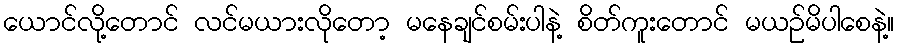
ယောင်လို့တောင် လင်မယားလိုတော့ မနေချင်စမ်းပါနဲ့ စိတ်ကူးတောင် မယဉ်မိပါစေနဲ့။